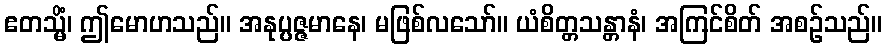
ဧတသ္မိံ၊ ဤမောဟသည်။ အနုပ္ပဇ္ဇမာနေ၊ မဖြစ်လသော်။ ယံစိတ္တသန္တာနံ၊ အကြင်စိတ် အစဉ်သည်။